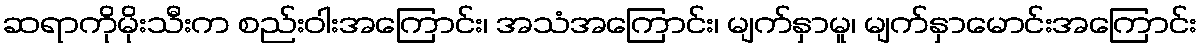
ဆရာကိုမိုးသီးက စည်းဝါးအကြောင်း၊ အသံအကြောင်း၊ မျက်နှာမူ၊ မျက်နှာမောင်းအကြောင်း